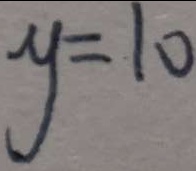
y = 1 0